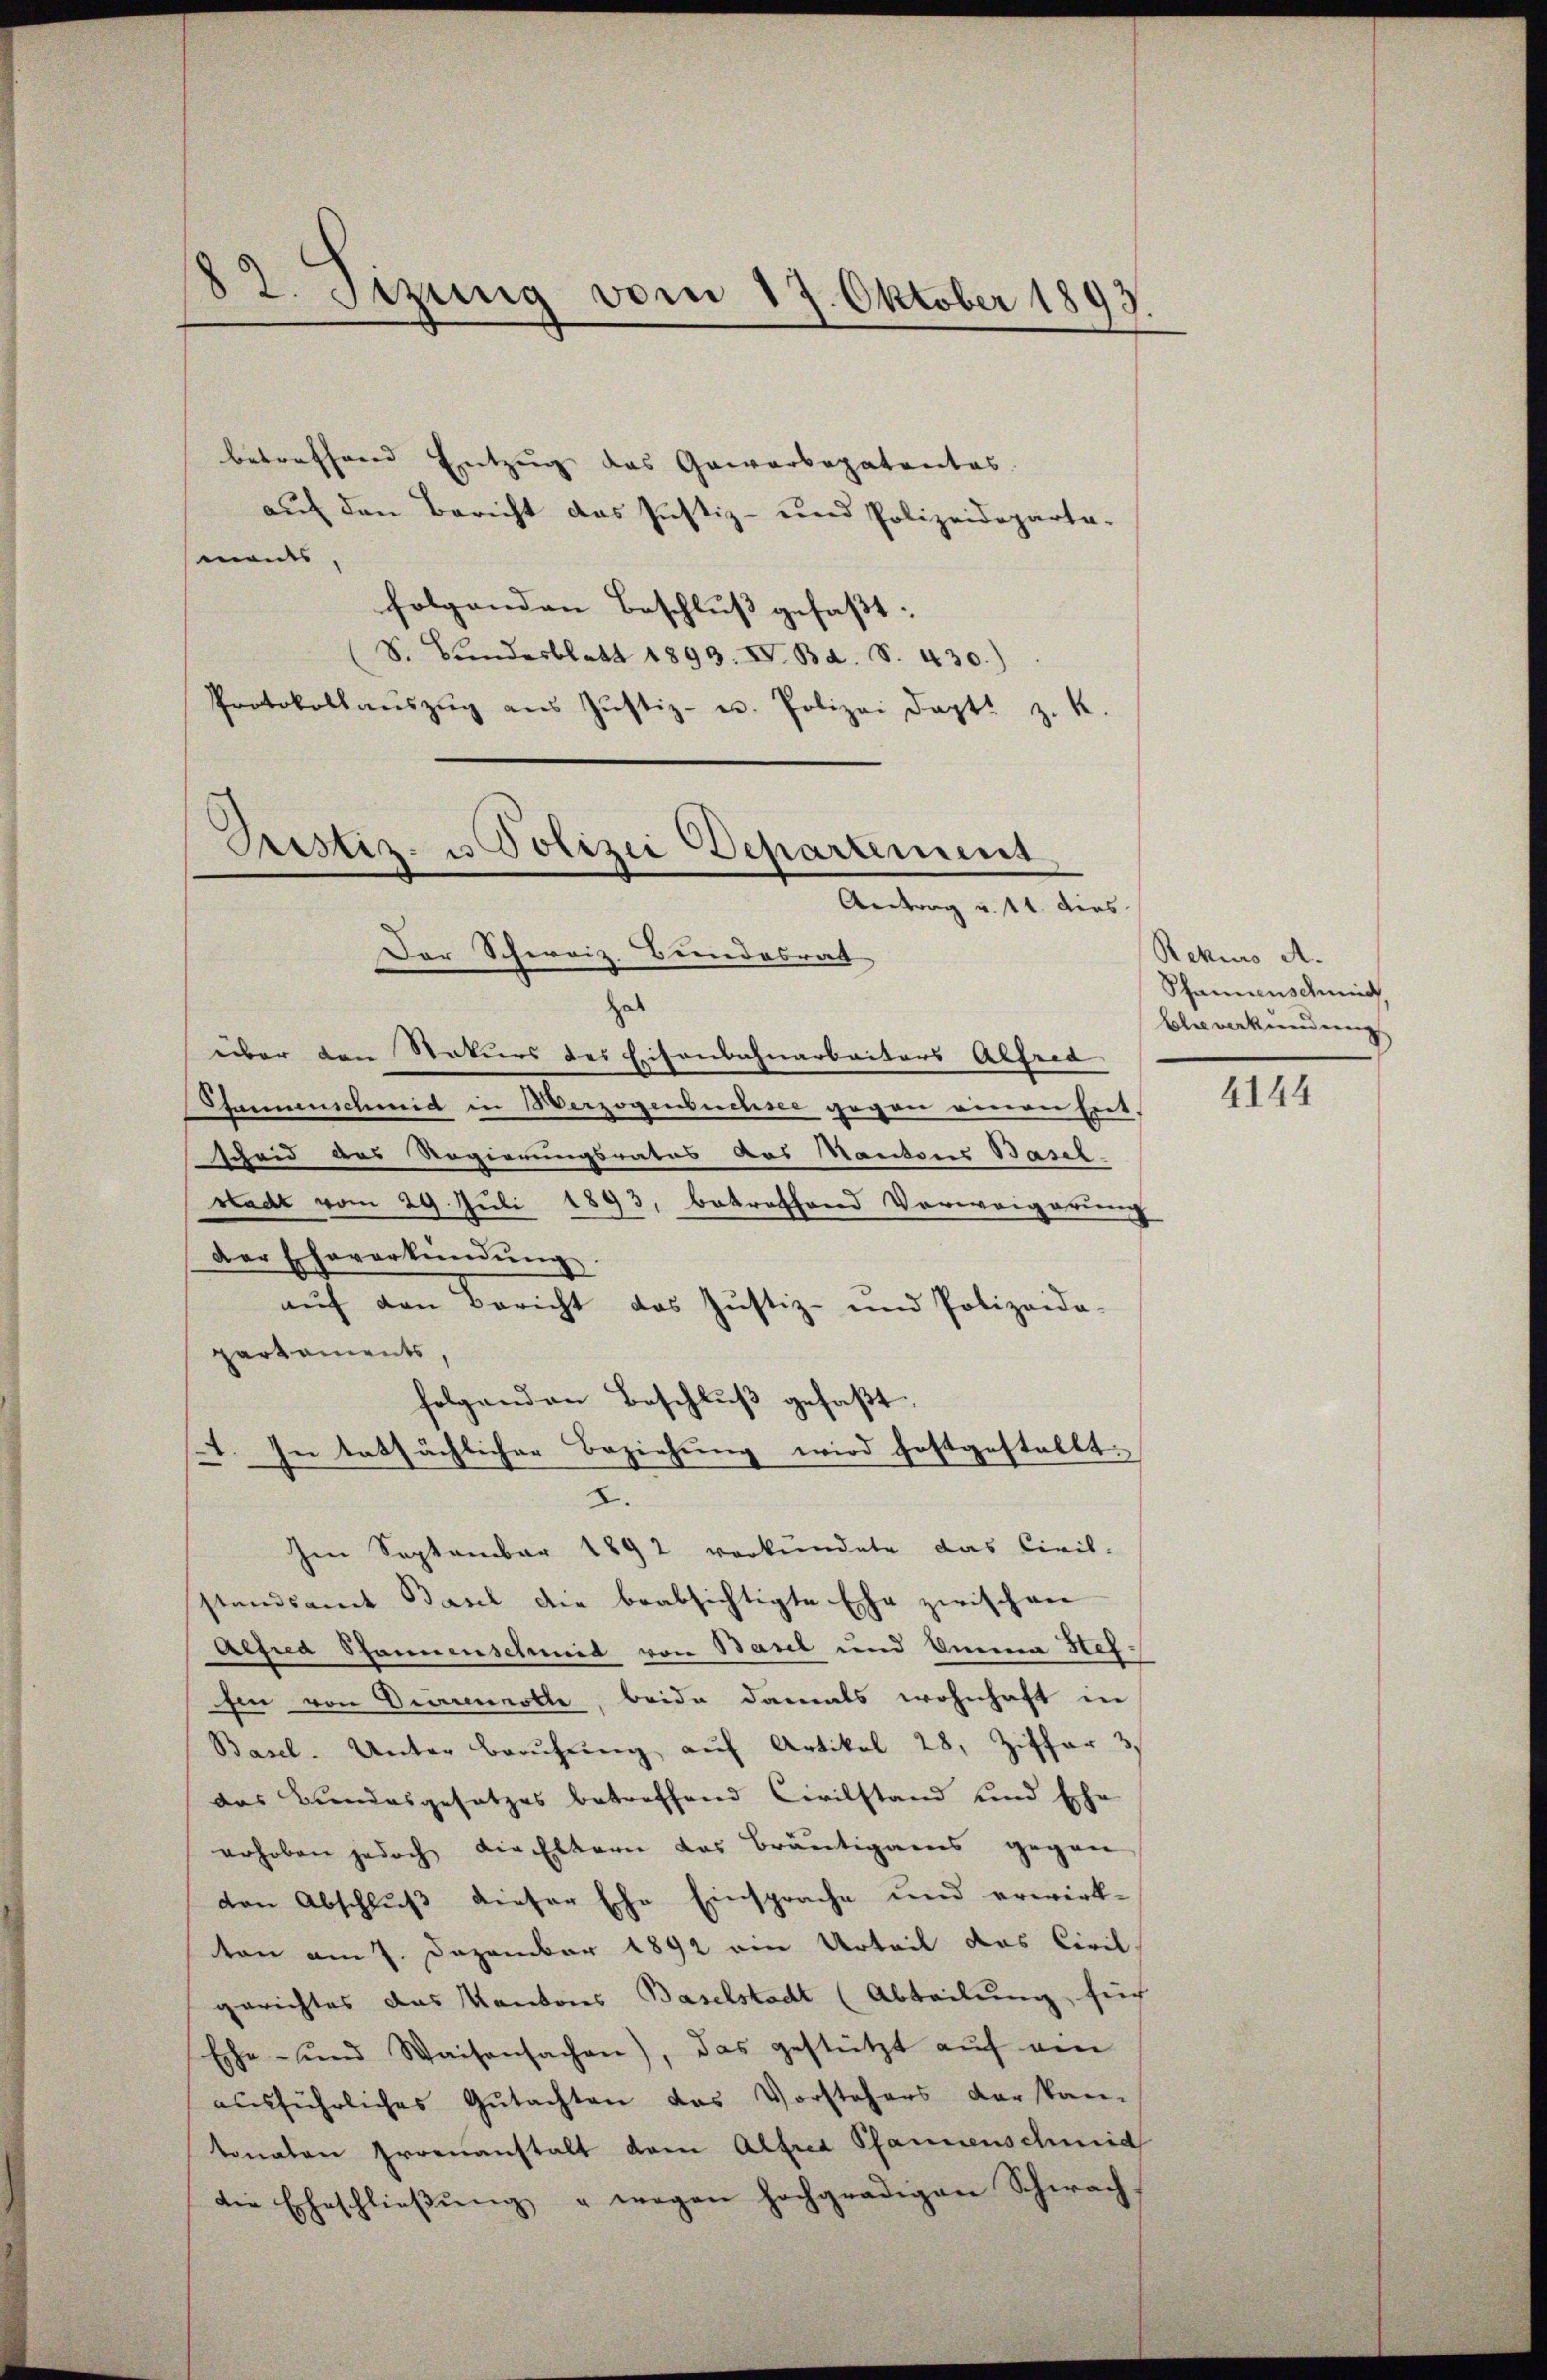
82. Sitzung vom 17. Oktober 1893.

betreffend Entzug das Gewerbepatentes.
auf den Bericht das Justiz- und Polizeideparta-
mades,
folgenden Beschluß gefaßt:
S. Bundesblatt 1893. IV. Bd. S. 430.)
Protokoll aŭszŭg aŭs Jŭstiz- u. Polizei Dapt. z. K.

Bestiz- u Polizei Departement
Antrag v. 14. dies
Dor Schweiz. Bundesrat

hab
über den Staturs des Eisenbahnarbeiters Atheca
Pfannenschmid in Herzogensuchsee gegen eineren Eret-
scheid das Regierungsrates das Kantons Basel
stadt vom 29. Juli 1893, betroffend Verweigerung
der Eheverkündŭng.
auf den Bericht das Justiz- und Polizeida-
partaments,
folgenden Beschluß gefaßt.
1. In tatsächlicher Beziehung wird festgestellt.
I.
Im September 1892 verkündete das Civil-
standsamt Basel die beabsichtigte Ehe zwischen
Aegica Spannenschmid von Basel und Emma Stef
hin von Diarenvolle, beide damals wohnhaft in
Basel-Unter Berŭhŭng aŭf Artikel 28, Ziffer 3.
das Bundesgesetzes betreffend Civilstand und Ehe
erhoben jedoch die Eltern das Bräutigams gegen
den Abschluß dieser Esche Einsprache und erwirk-
ton am 7. Dezember 1892 ein Urteil das Civil
gerichtes das Kantons Baselstadt (Abteilung, such
Eche- und Waisensachen), das gestützt aŭf ein
aŭsführliches Gutachten das Vorstehers der kan-
tonalen Proenanstalt dem Alfred Pfannenschmid
die Eheschlieβŭng " wegen hochgnädigen Schwach

Rekurs A.
Schaniens dein
Elie verkunderung

4144